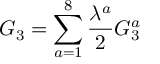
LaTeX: G _ { 3 } = \sum _ { a = 1 } ^ { 8 } \frac { \lambda ^ { a } } { 2 } G _ { 3 } ^ { a } \,